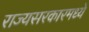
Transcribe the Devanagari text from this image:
राज्यसरकारमध्ये